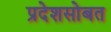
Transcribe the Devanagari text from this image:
प्रदेशसोबत